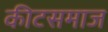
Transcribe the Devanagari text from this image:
कीटसमाज